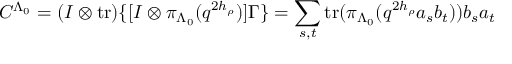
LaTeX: C ^ { \Lambda _ { 0 } } = ( I \otimes \mathrm { t r } ) \{ [ I \otimes \pi _ { \Lambda _ { 0 } } ( q ^ { 2 h _ { \rho } } ) ] \Gamma \} = \sum _ { s , t } \mathrm { t r } ( \pi _ { \Lambda _ { 0 } } ( q ^ { 2 h _ { \rho } } a _ { s } b _ { t } ) ) b _ { s } a _ { t }